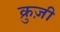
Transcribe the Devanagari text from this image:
क्रुज़ी